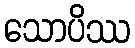
သောပိဿ